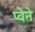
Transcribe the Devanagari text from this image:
प्वेने